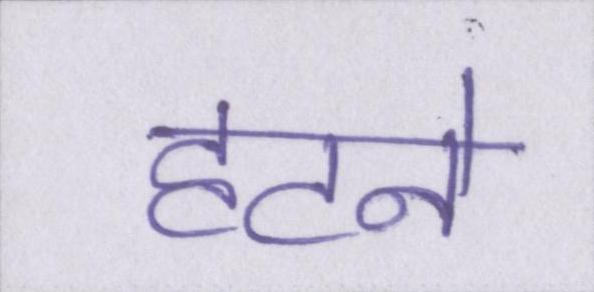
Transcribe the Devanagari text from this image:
हटने